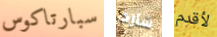
سبارتاكوس شارد لأقدم